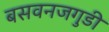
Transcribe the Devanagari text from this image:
बसवनजगुडी